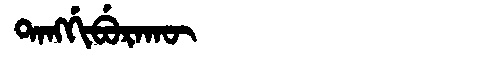
Manchu: ᡨᠠᠩᡤᡳᠪᡠᡵᠠᡴᡡ
Romanization: TANGGIBURAKŪ